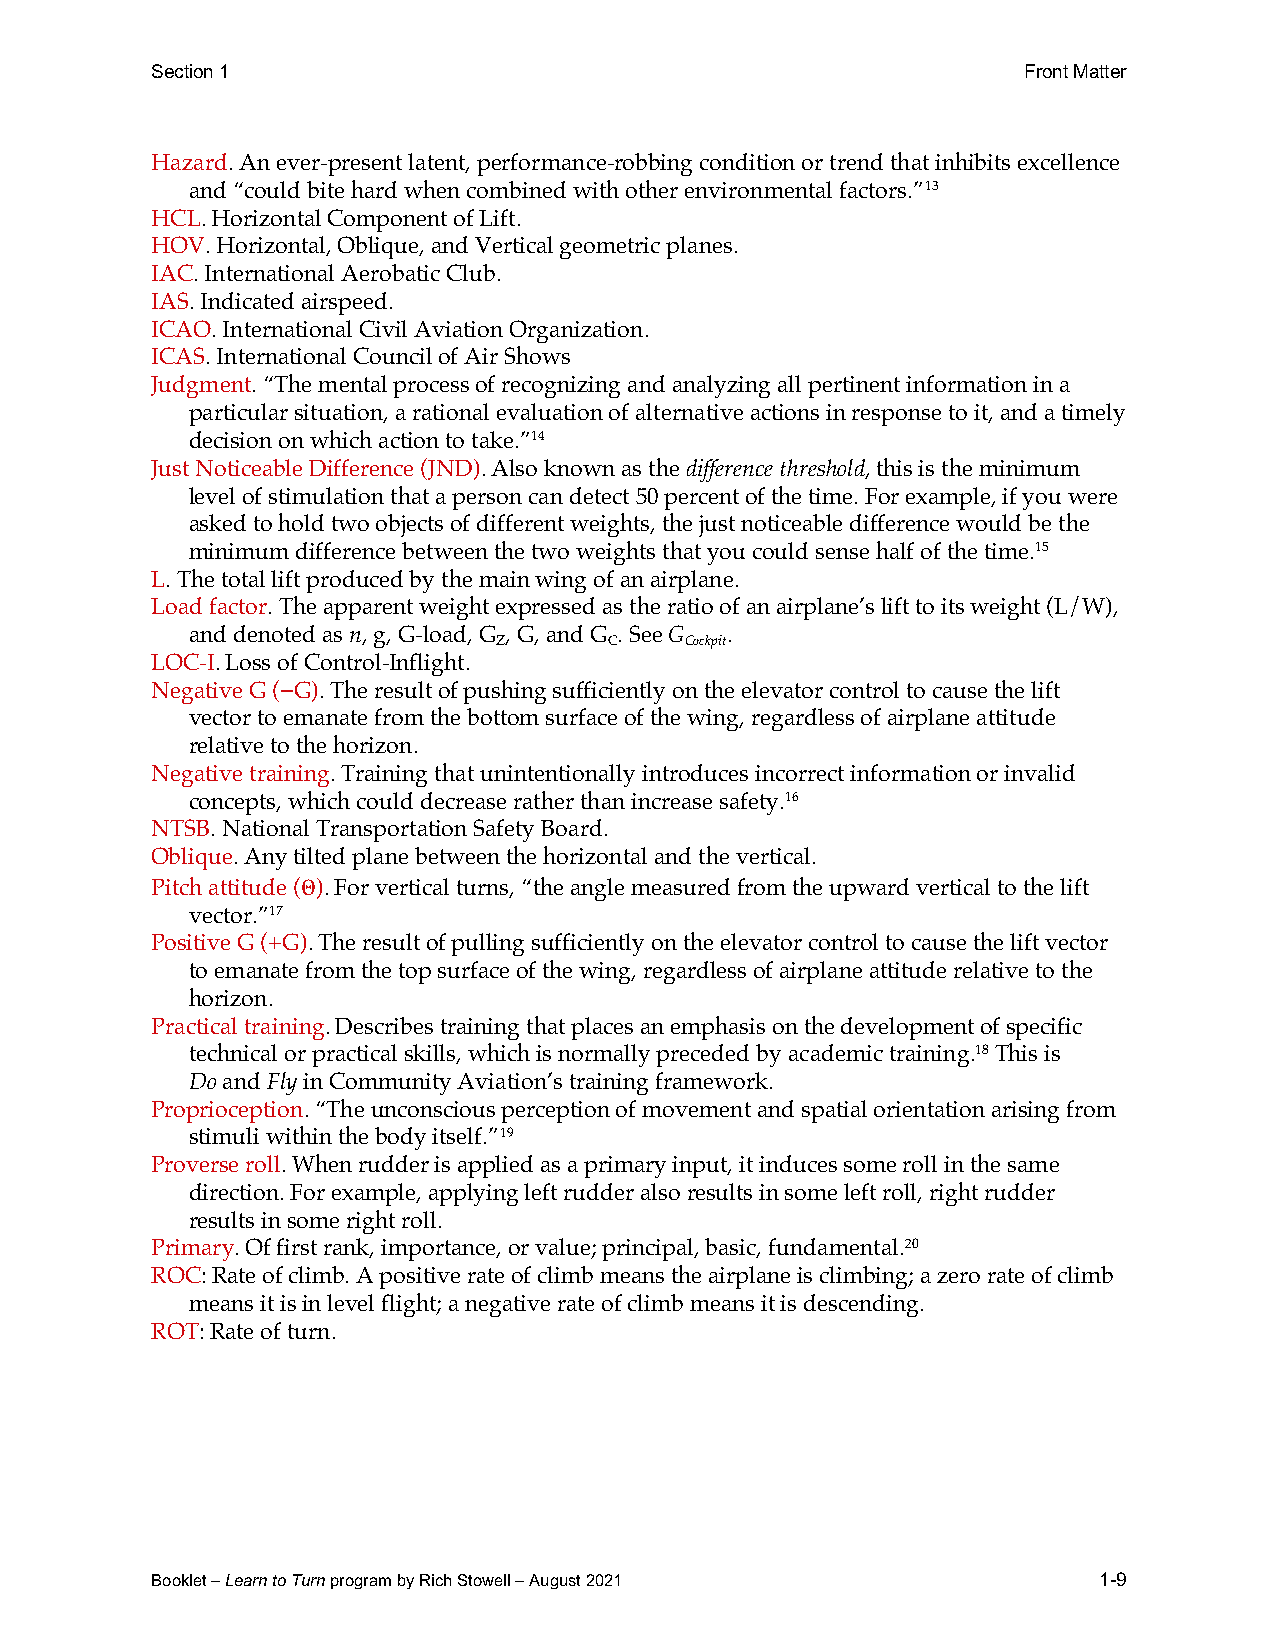
Section 1                                                 Front Matter
 Hazard. An ever-present latent, performance-robbing condition or trend that inhibits excellence
 and “could bite hard when combined with other environmental factors.”13
 HCL. Horizontal Component of Lift.
 HOV. Horizontal, Oblique, and Vertical geometric planes.
 IAC. International Aerobatic Club.
 IAS. Indicated airspeed.
 ICAO. International Civil Aviation Organization.
 ICAS. International Council of Air Shows
 Judgment. “The mental process of recognizing and analyzing all pertinent information in a
 particular situation, a rational evaluation of alternative actions in response to it, and a timely
 decision on which action to take.”14
 Just Noticeable Difference (JND). Also known as the difference threshold, this is the minimum
 level of stimulation that a person can detect 50 percent of the time. For example, if you were
 asked to hold two objects of different weights, the just noticeable difference would be the
 minimum difference between the two weights that you could sense half of the time.15
 L. The total lift produced by the main wing of an airplane.
 Load factor. The apparent weight expressed as the ratio of an airplane’s lift to its weight (L/W),
 and denoted as n, g, G-load, G , G, and G . See G .
 Z      C    Cockpit
 LOC-I. Loss of Control-Inflight.
 Negative G (−G). The result of pushing sufficiently on the elevator control to cause the lift
 vector to emanate from the bottom surface of the wing, regardless of airplane attitude
 relative to the horizon.
 Negative training. Training that unintentionally introduces incorrect information or invalid
 concepts, which could decrease rather than increase safety.16
 NTSB. National Transportation Safety Board.
 Oblique. Any tilted plane between the horizontal and the vertical.
 Pitch attitude (Θ). For vertical turns, “the angle measured from the upward vertical to the lift
 vector.”17
 Positive G (+G). The result of pulling sufficiently on the elevator control to cause the lift vector
 to emanate from the top surface of the wing, regardless of airplane attitude relative to the
 horizon.
 Practical training. Describes training that places an emphasis on the development of specific
 technical or practical skills, which is normally preceded by academic training.18 This is
 Do and Fly in Community Aviation’s training framework.
 Proprioception. “The unconscious perception of movement and spatial orientation arising from
 stimuli within the body itself.”19
 Proverse roll. When rudder is applied as a primary input, it induces some roll in the same
 direction. For example, applying left rudder also results in some left roll, right rudder
 results in some right roll.
 Primary. Of first rank, importance, or value; principal, basic, fundamental.20
 ROC: Rate of climb. A positive rate of climb means the airplane is climbing; a zero rate of climb
 means it is in level flight; a negative rate of climb means it is descending.
 ROT: Rate of turn.
 Booklet – Learn to Turn program by Rich Stowell – August 2021  1-9